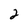
Character: 2